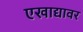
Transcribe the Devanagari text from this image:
एखाद्यावर